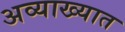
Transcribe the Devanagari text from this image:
अव्याख्यात